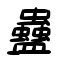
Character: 蠱